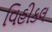
વિહીકલ